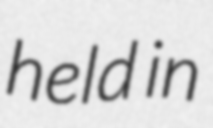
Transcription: held in